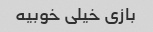
بازی خیلی خوبیه